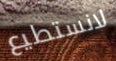
لانستطيع